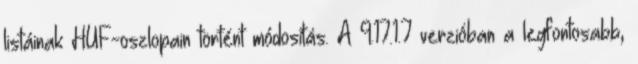
listáinak HUF-oszlopain történt módosítás. A 9.17.1.7 verzióban a legfontosabb,